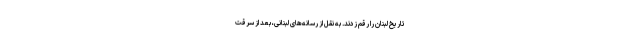
تاریخ لبنان را رقم زدند. به نقل از رسانه‌های لبنانی، بعد از سرقت